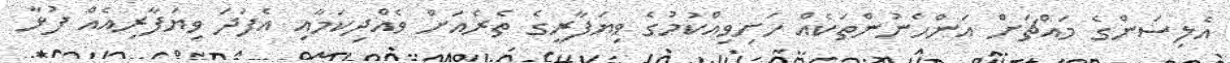
އެލިސަންގެ މައްޗަށް އަންހެނުންތަކެއް ހަށިވިއްކުމުގެ ވިޔަފާރީގެ ތެރެއަށް ވެއްދިކަމާއި އެފަދަ ވިޔަފާރިއެއް ފުޅާ